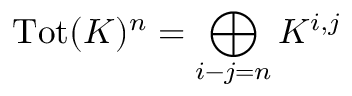
\operatorname { T o t } ( K ) ^ { n } = \bigoplus _ { i - j = n } K ^ { i , j }